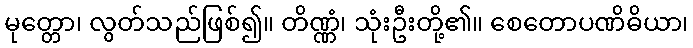
မုတ္တော၊ လွတ်သည်ဖြစ်၍။ တိဏ္ဏံ၊ သုံးဦးတို့၏။ စေတောပဏိဓိယာ၊